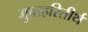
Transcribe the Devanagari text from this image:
गुप्तहरितीर्थ